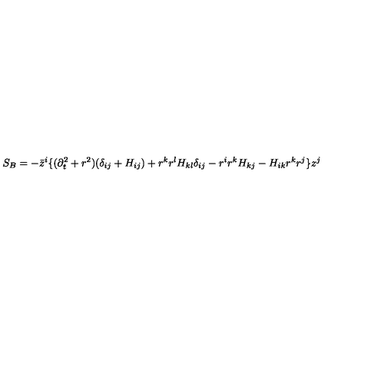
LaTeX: S _ { B } = - \bar { z } ^ { i } \{ ( \partial _ { t } ^ { 2 } + r ^ { 2 } ) ( \delta _ { i j } + H _ { i j } ) + r ^ { k } r ^ { l } H _ { k l } \delta _ { i j } - r ^ { i } r ^ { k } H _ { k j } - H _ { i k } r ^ { k } r ^ { j } \} z ^ { j }